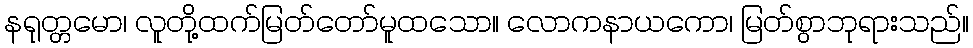
နရုတ္တမော၊ လူတို့ထက်မြတ်တော်မူထသော။ လောကနာယကော၊ မြတ်စွာဘုရားသည်။